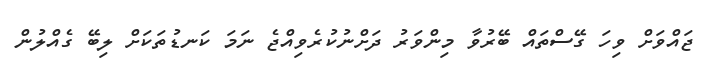
ޖައްވަށް ވިހަ ގޭސްތައް ބޭރުވާ މިންވަރު ދަށްނުކުރެވިއްޖެ ނަމަ ކަނޑުތަކަށް ލިބޭ ގެއްލުން